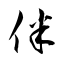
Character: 伴